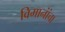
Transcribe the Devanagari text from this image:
विमानांंचा